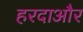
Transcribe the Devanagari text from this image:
हरदाऔर